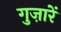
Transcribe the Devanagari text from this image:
गुज़ारें